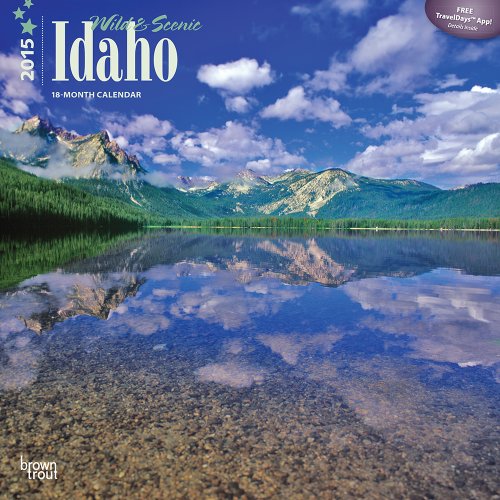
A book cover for Idaho, Wild & Scenic 2015 Square 12x12 (Multilingual Edition); BrownTrout; Calendars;